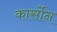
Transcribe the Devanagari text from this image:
कार्सोन